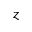
z